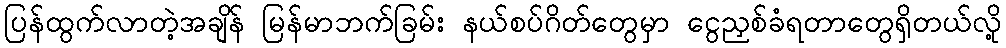
ပြန်ထွက်လာတဲ့အချိန် မြန်မာဘက်ခြမ်း နယ်စပ်ဂိတ်တွေမှာ ငွေညှစ်ခံရတာတွေရှိတယ်လို့